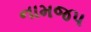
નામજપ